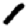
Digit: 1